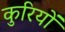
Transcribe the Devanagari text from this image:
कुरियों